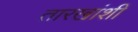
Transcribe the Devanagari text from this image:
तारखांशी